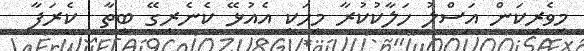
މިވެރިކަން އަސްލު ހަލާކުކުރާ މީހަކީ އެއުޅޭ ކެނެރީގޭ ބީތާ  ކެރަފާ